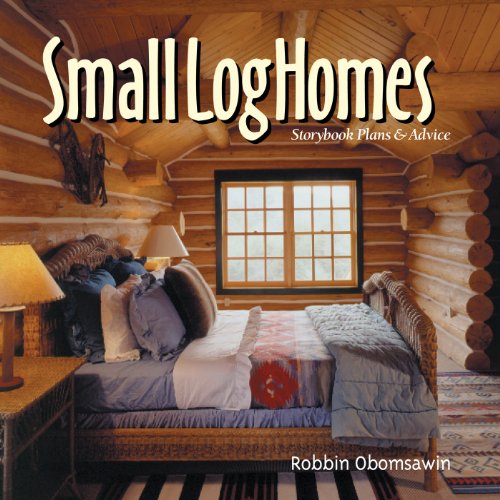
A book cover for Small Log Homes; Robbin Obomsawin; Crafts, Hobbies & Home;